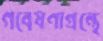
গবেষণাগ্রন্থে